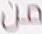
من